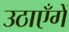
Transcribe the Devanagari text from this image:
उठाएँगें